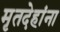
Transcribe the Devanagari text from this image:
मृतदेहांना